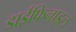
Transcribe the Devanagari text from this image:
डाईफिनाइल